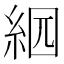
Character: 𦀄